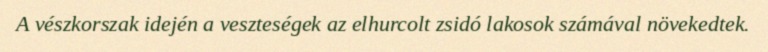
A vészkorszak idején a veszteségek az elhurcolt zsidó lakosok számával növekedtek.